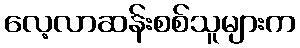
လေ့လာဆန်းစစ်သူများက